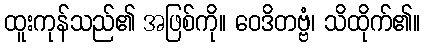
ထူးကုန်သည်၏ အဖြစ်ကို။ ဝေဒိတဗ္ဗံ၊ သိထိုက်၏။